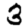
Digit: 3